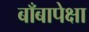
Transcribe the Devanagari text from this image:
बाँबापेक्षा